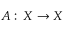
A : \, X \to X